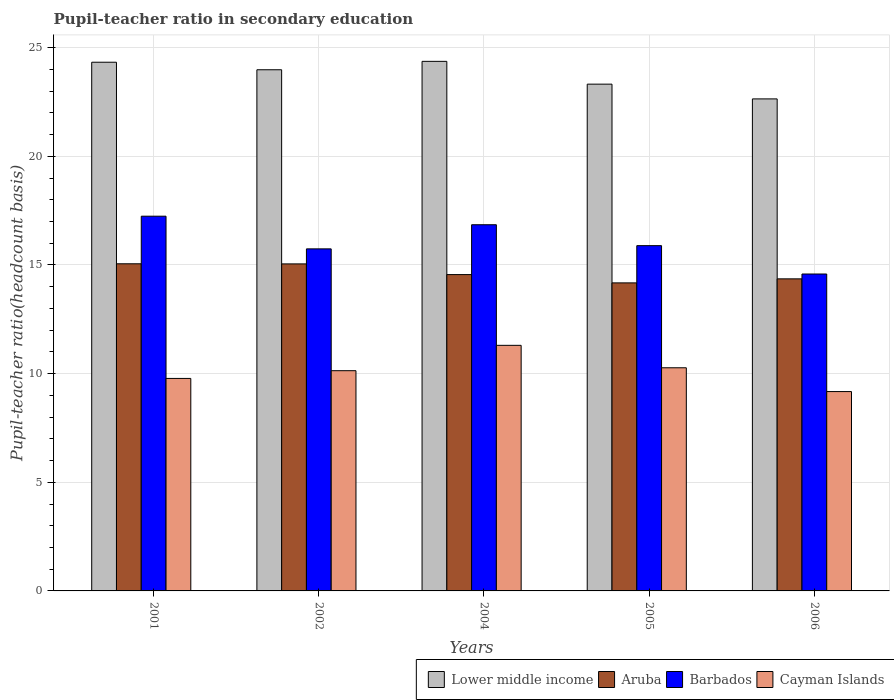
| Years | Lower middle income | Aruba | Barbados | Cayman Islands |
 | --- | --- | --- | --- | --- |
 | 2001 | 24.3 | 15.1 | 17.2 | 9.78 |
 | 2002 | 24 | 15 | 15.7 | 10.1 |
 | 2004 | 24.4 | 14.6 | 16.9 | 11.3 |
 | 2005 | 23.3 | 14.2 | 15.9 | 10.3 |
 | 2006 | 22.6 | 14.4 | 14.6 | 9.17 |